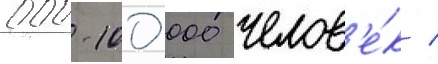
000-100 000 челов'е́к /